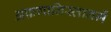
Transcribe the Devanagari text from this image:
अफ़गानिस्तानमें